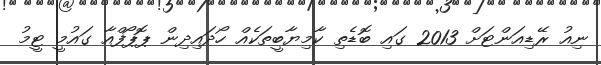
ނިއު ރޭޑިއަންޓަށް 2013 ގައި ބޮޑެތި ކާމިޔާބީތަކެއް ހޯދައިދިން ޕޮޕޯފްއާ ގައުމީ ޓީމު